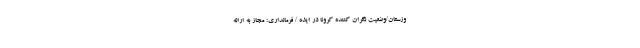
وزستان/وضعیت نگران کننده کرونا در ایذه / فرمانداری: مجاز به ارائه